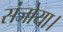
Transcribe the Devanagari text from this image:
संजोया।